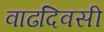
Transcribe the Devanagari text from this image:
वाढदिवसी